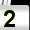
Digit: 2